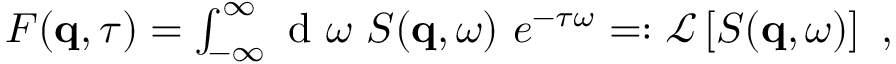
\begin{array} { r } { F ( \mathbf { q } , \tau ) = \int _ { - \infty } ^ { \infty } \textnormal { d } \omega \ S ( \mathbf { q } , \omega ) \ e ^ { - \tau \omega } = : \mathcal { L } \left[ S ( \mathbf { q } , \omega ) \right] \ , } \end{array}